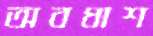
অবধাশ